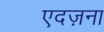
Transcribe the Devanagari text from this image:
एदज़ना